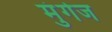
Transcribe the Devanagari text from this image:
मुंगेज